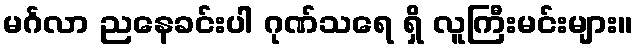
မင်္ဂလာ ညနေခင်းပါ ဂုဏ်သရေ ရှိ လူကြီးမင်းများ။